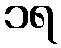
၁ရ